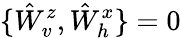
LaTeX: \{ \hat{W}_{v}^{z},\hat{W}_{h}^{x}\} =0